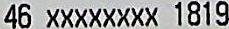
46 XXXXXXXX 1819